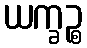
ယက္ခဉ္စ